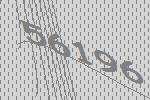
56196